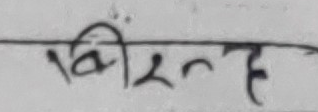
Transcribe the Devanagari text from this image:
विरेन्द्र